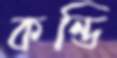
কন্ডি